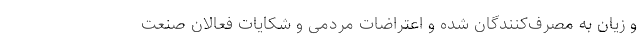
و زیان به مصرف‌کنندگان شده و اعتراضات مردمی و شکایات فعالان صنعت